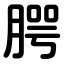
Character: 腭